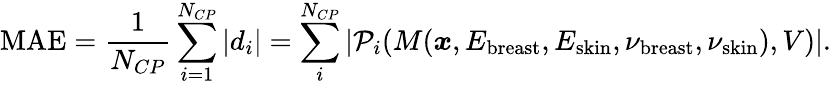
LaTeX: \textrm{MAE}=\frac{1}{N_{CP}}\sum_{i=1}^{N_{CP}}\left|d_{i}\right|=\sum_{i}^{N_{CP}}|\mathcal{P}_{i}(M(\boldsymbol{x},E_{\mathrm{breast}},E_{\mathrm{skin}},\nu_{\mathrm{breast}},\nu_{\mathrm{skin}}),V)|.